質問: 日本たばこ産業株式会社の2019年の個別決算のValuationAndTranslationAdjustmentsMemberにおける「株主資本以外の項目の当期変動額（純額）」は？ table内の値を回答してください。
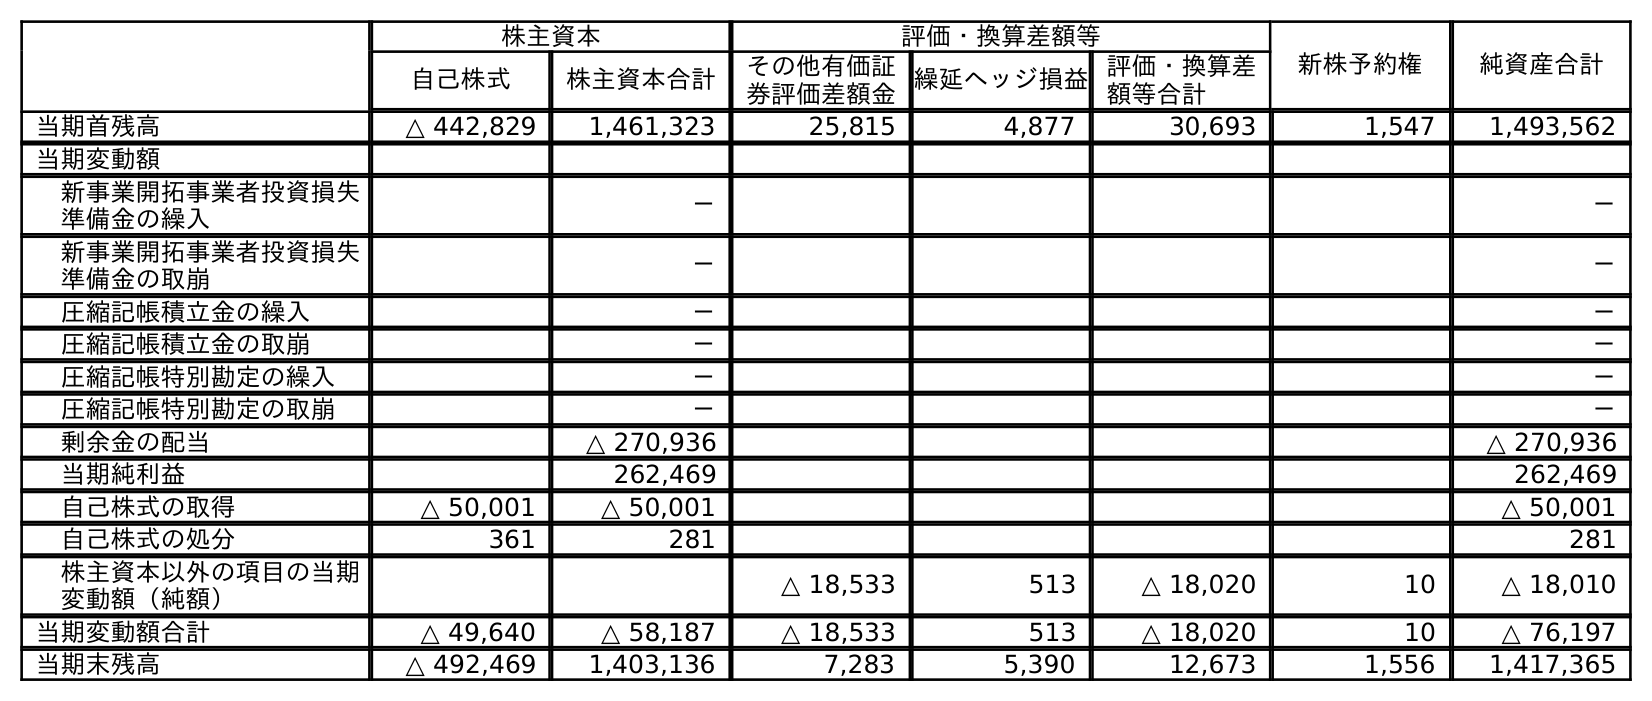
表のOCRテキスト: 株主資本 評価・換算差額等 新株予約権 純資産合計 自己株式 株主資本合計 その他有価証 券評価差額金繰延ヘッジ損益評価・換算差 額等合計 当期首残高 △ 442,829 1,461,323 25,815 4,877 30,693 1,547 1,493,562 当期変動額 新事業開拓事業者投資損失 準備金の繰入 － － 新事業開拓事業者投資損失 準備金の取崩 － － 圧縮記帳積立金の繰入 － － 圧縮記帳積立金の取崩 － － 圧縮記帳特別勘定の繰入 － － 圧縮記帳特別勘定の取崩 － － 剰余金の配当 △ 270,936 △ 270,936 当期純利益 262,469 262,469 自己株式の取得 △ 50,001 △ 50,001 △ 50,001 自己株式の処分 361 281 281 株主資本以外の項目の当期 変動額（純額） △ 18,533 513 △ 18,020 10 △ 18,010 当期変動額合計 △ 49,640 △ 58,187 △ 18,533 513 △ 18,020 10 △ 76,197 当期末残高 △ 492,469 1,403,136 7,283 5,390 12,673 1,556 1,417,365
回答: △18,020